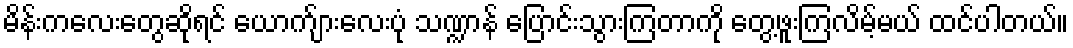
မိန်းကလေးတွေဆိုရင် ယောက်ျားလေးပုံ သဏ္ဍာန် ပြောင်းသွားကြတာကို တွေ့ဖူးကြလိမ့်မယ် ထင်ပါတယ်။